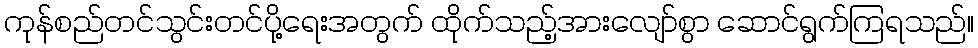
ကုန်စည်တင်သွင်းတင်ပို့ရေးအတွက် ထိုက်သည့်အားလျော်စွာ ဆောင်ရွက်ကြရသည်။